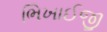
ભિખાઈજી